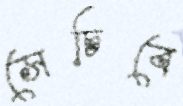
সেচিবে